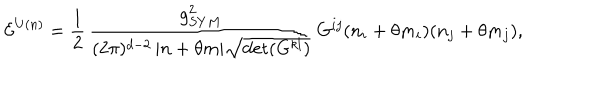
LaTeX: { \cal E } ^ { U ( n ) } = \frac { 1 } { 2 } \, \frac { g _ { S Y M } ^ { 2 } } { ( 2 \pi ) ^ { d - 2 } \, | n + \theta m | \sqrt { \det ( G ^ { k l } ) } } \, G ^ { i j } ( n _ { i } + \theta m _ { i } ) ( n _ { j } + \theta m _ { j } ) ,